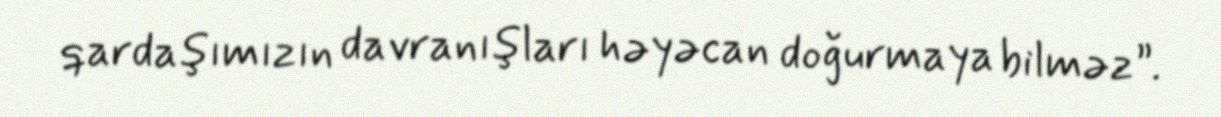
qardaşımızın davranışları həyəcan doğurmaya bilməz”.